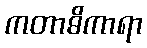
ကတာဓိကာရာ